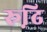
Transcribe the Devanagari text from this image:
रूढि़